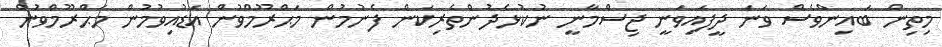
މިތިން ބައިންވެސް ވަނަ ދީފައިވަނީ ޖިސްމާނީ ނުކުޅެދުންތެރިކަން ފެނުމުން މަޙްރޫމްވުން އަޑުއިވުމުން މަޙްރޫމްވުން